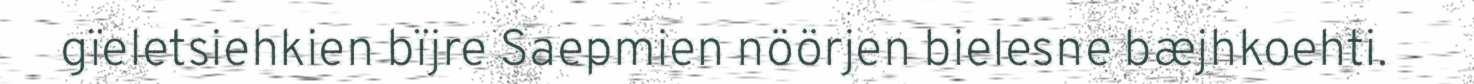
gïeletsiehkien bïjre Saepmien nöörjen bielesne bæjhkoehti.